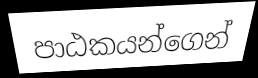
පාඨකයන්ගෙන්